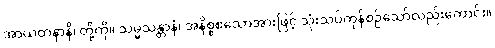
အာယတနာနိ၊ တို့ကို။ သမ္မသန္တာနံ၊ အနိစ္စစသောအားဖြင့် သုံးသပ်ကုန်စဉ်သော်လည်းကောင်း။